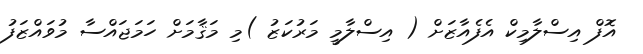
އޮފް އިސްލާމިކް އެފެއާޒަށް ( އިސްލާމީ މަރުކަޒު )މި މަޤާމަށް ހަމަޖައްސާ މުވައްޒަފު